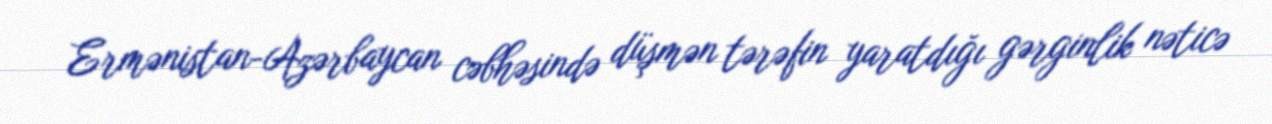
Ermənistan-Azərbaycan cəbhəsində düşmən tərəfin yaratdığı gərginlik nəticə